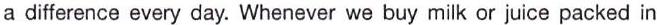
a difference every day. Whenever we buy milk or juice packed in